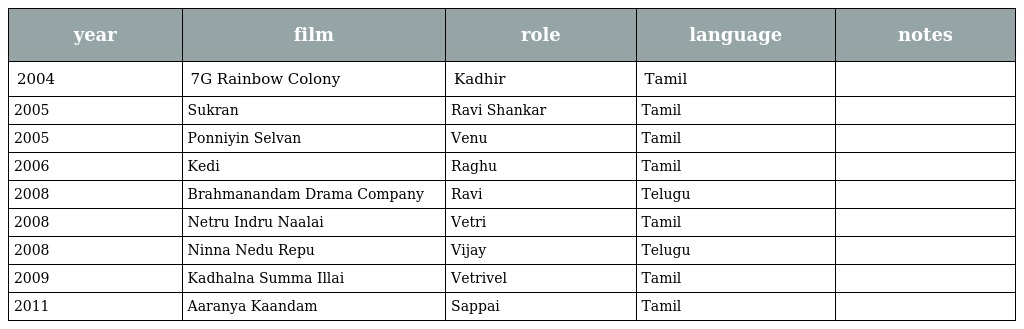
| year | film | role | language | notes |
 | --- | --- | --- | --- | --- |
 | 2004 | 7G Rainbow Colony | Kadhir | Tamil |  |
 | 2005 | Sukran | Ravi Shankar | Tamil |  |
 | 2005 | Ponniyin Selvan | Venu | Tamil |  |
 | 2006 | Kedi | Raghu | Tamil |  |
 | 2008 | Brahmanandam Drama Company | Ravi | Telugu |  |
 | 2008 | Netru Indru Naalai | Vetri | Tamil |  |
 | 2008 | Ninna Nedu Repu | Vijay | Telugu |  |
 | 2009 | Kadhalna Summa Illai | Vetrivel | Tamil |  |
 | 2011 | Aaranya Kaandam | Sappai | Tamil |  |